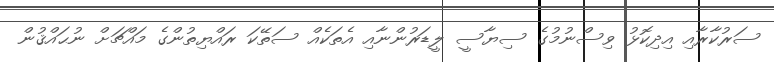
ސަރުކާރާއި އިދިކޮޅު ވިސްނުމުގެ ސިޔާސީ ލީޑަރުންނާއި އެތަކެއް ސަތޭކަ ރައްޔިތުންގެ މައްޗަށް ނުޙައްޤުން